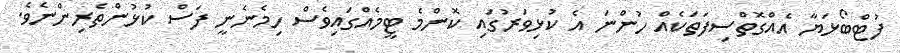
ފުޓްބޯޅަޔާ އެއްގޮތްސިފަތަކެއް ހުންނަ އެ ކުޅިވަރުގައި ކޮންމެ ޓީމެއްގައިވެސް ހިމެނެނީ ފަސް ކުޅުންތެރިންނެވެ.